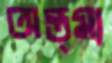
অন্ত্ম্য